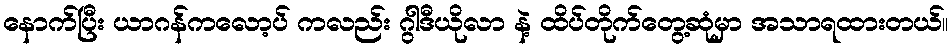
နောက်ပြီး ယာဂန်ကလော့ပ် ကလည်း ဂွါဒီယိုလာ နဲ့ ထိပ်တိုက်တွေ့ဆုံမှာ အသာရထားတယ်။